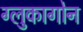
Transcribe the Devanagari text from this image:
ग्लुकागोन